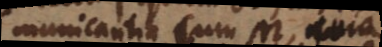
municantia cum M, quia